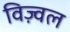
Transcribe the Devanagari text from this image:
विज़्वल